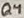
Text: Q4